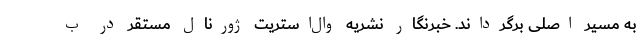
به مسیر اصلی برگرداند. خبرنگار نشریه وال‌استریت ژورنال مستقر در ب